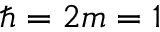
\hbar = 2 m = 1